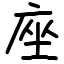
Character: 座